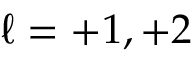
\ell = + 1 , + 2